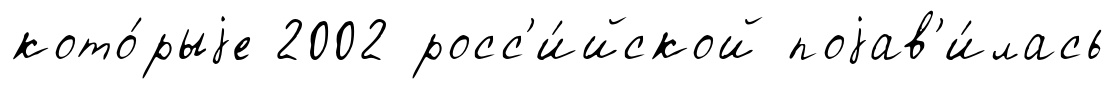
кото́рыjе 2002 росс'и́йской поjав'и́лась